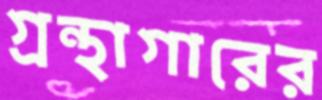
গ্রন্থাগারের